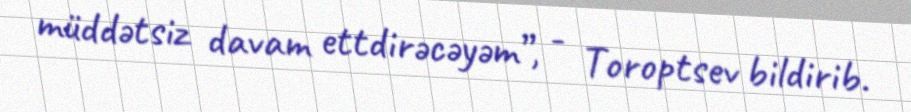
müddətsiz davam ettdirəcəyəm”, - Toroptsev bildirib.